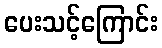
ပေးသင့်ကြောင်း